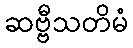
ဆဗ္ဗီသတိမံ